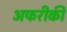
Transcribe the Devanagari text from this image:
अफरीकी